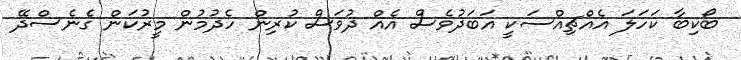
ބޯކިބާ ކަހަލަ އެއްޗިއްސަކީ އަބަދުވެސް އެއް ދުވަސް ކުރިން ހެދުމުން މީރުކަން ގެނެސްދޭ